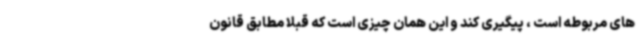
های مربوطه است ، پیگیری کند و این همان چیزی است که قبلاً مطابق قانون